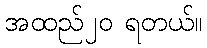
အထည်၂၀ ရတယ်။